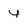
Character: y